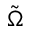
\tilde { \Omega }